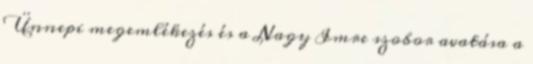
Ünnepi megemlékezés és a Nagy Imre szobor avatása a